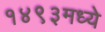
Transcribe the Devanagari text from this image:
१४९३मध्ये